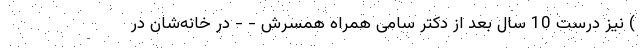
) نیز درست 10 سال بعد از دکتر سامی همراه همسرش - - در خانه‌شان در